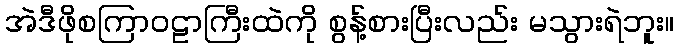
အဲဒီဖိုစကြာဝဠာကြီးထဲကို စွန့်စားပြီးလည်း မသွားရဲဘူး။